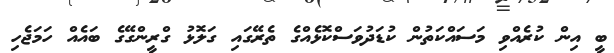
ބީ އިން ކުރެއްވި މަސައްކަތުން ކުޑަދުވަސްކޮޅެއްގެ ތެރޭގައި ގަލޮޅު ގްރީންގޭގެ ބައެއް ހަމަޖެހި